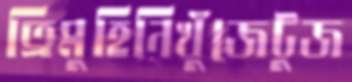
ত্রিমুহিনিখুঁজেটুজ